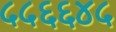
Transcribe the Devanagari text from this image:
५५६६४५